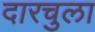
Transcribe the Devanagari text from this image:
दारचुला